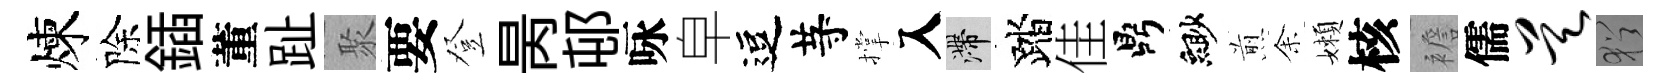
煉除鍤董趾聚要登昺邨咏皁逗䒭撑入滯踏佳鼎緲煎𪜬嬾核襜儒昊猶